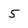
Character: 5